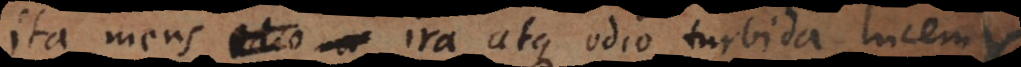
ita mens ira atque odio turbida lucem